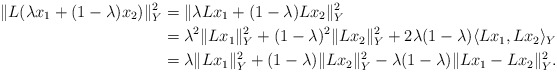
\begin{align*}\lVert L(\lambda x_1 + (1-\lambda)x_2)\rVert^2_Y & = \lVert \lambda Lx_1 +(1-\lambda)Lx_2\rVert^2_Y \\ & = \lambda^2 \lVert Lx_1 \rVert^2_Y + (1-\lambda)^2 \lVert Lx_2\rVert^2_Y + 2\lambda (1-\lambda)\langle Lx_1,Lx_2 \rangle_Y \\&=\lambda \lVert Lx_1 \rVert^2_Y + (1-\lambda) \lVert Lx_2\rVert^2_Y - \lambda (1-\lambda)\lVert Lx_1 - Lx_2 \rVert^2_Y.\end{align*}